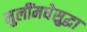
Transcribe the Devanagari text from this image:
मुलींमधेसुद्धा